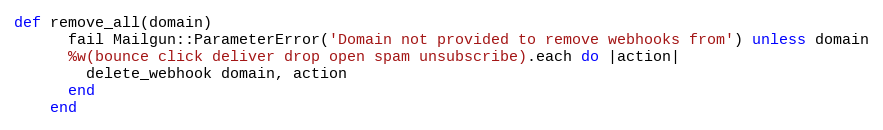
Language: Ruby
def remove_all(domain)
      fail Mailgun::ParameterError('Domain not provided to remove webhooks from') unless domain
      %w(bounce click deliver drop open spam unsubscribe).each do |action|
        delete_webhook domain, action
      end
    end